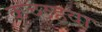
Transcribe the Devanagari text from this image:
कच्छहवा